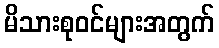
မိသားစုဝင်များအတွက်